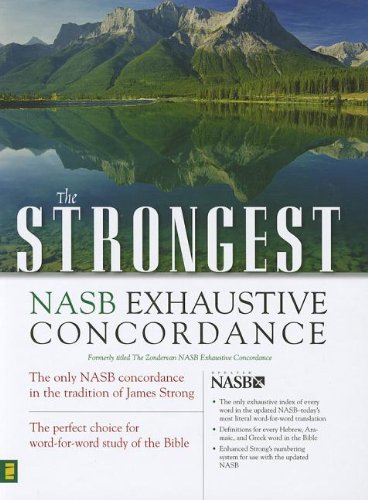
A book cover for Strongest NASB Exhaustive Concordance Super Saver (Strongest Strong's); James Strong; Christian Books & Bibles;